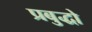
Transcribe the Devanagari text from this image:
प्रबुद्धो